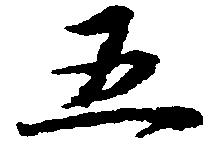
五